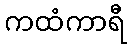
ကထံကာရီ